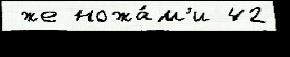
 же ножа́м'и 42